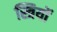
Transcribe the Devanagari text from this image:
स्त्रियों